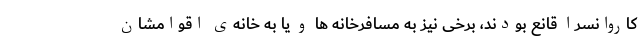
کاروانسرا قانع بودند، برخی نیز به مسافرخانه ها و یا به خانه‌ی اقوامشان